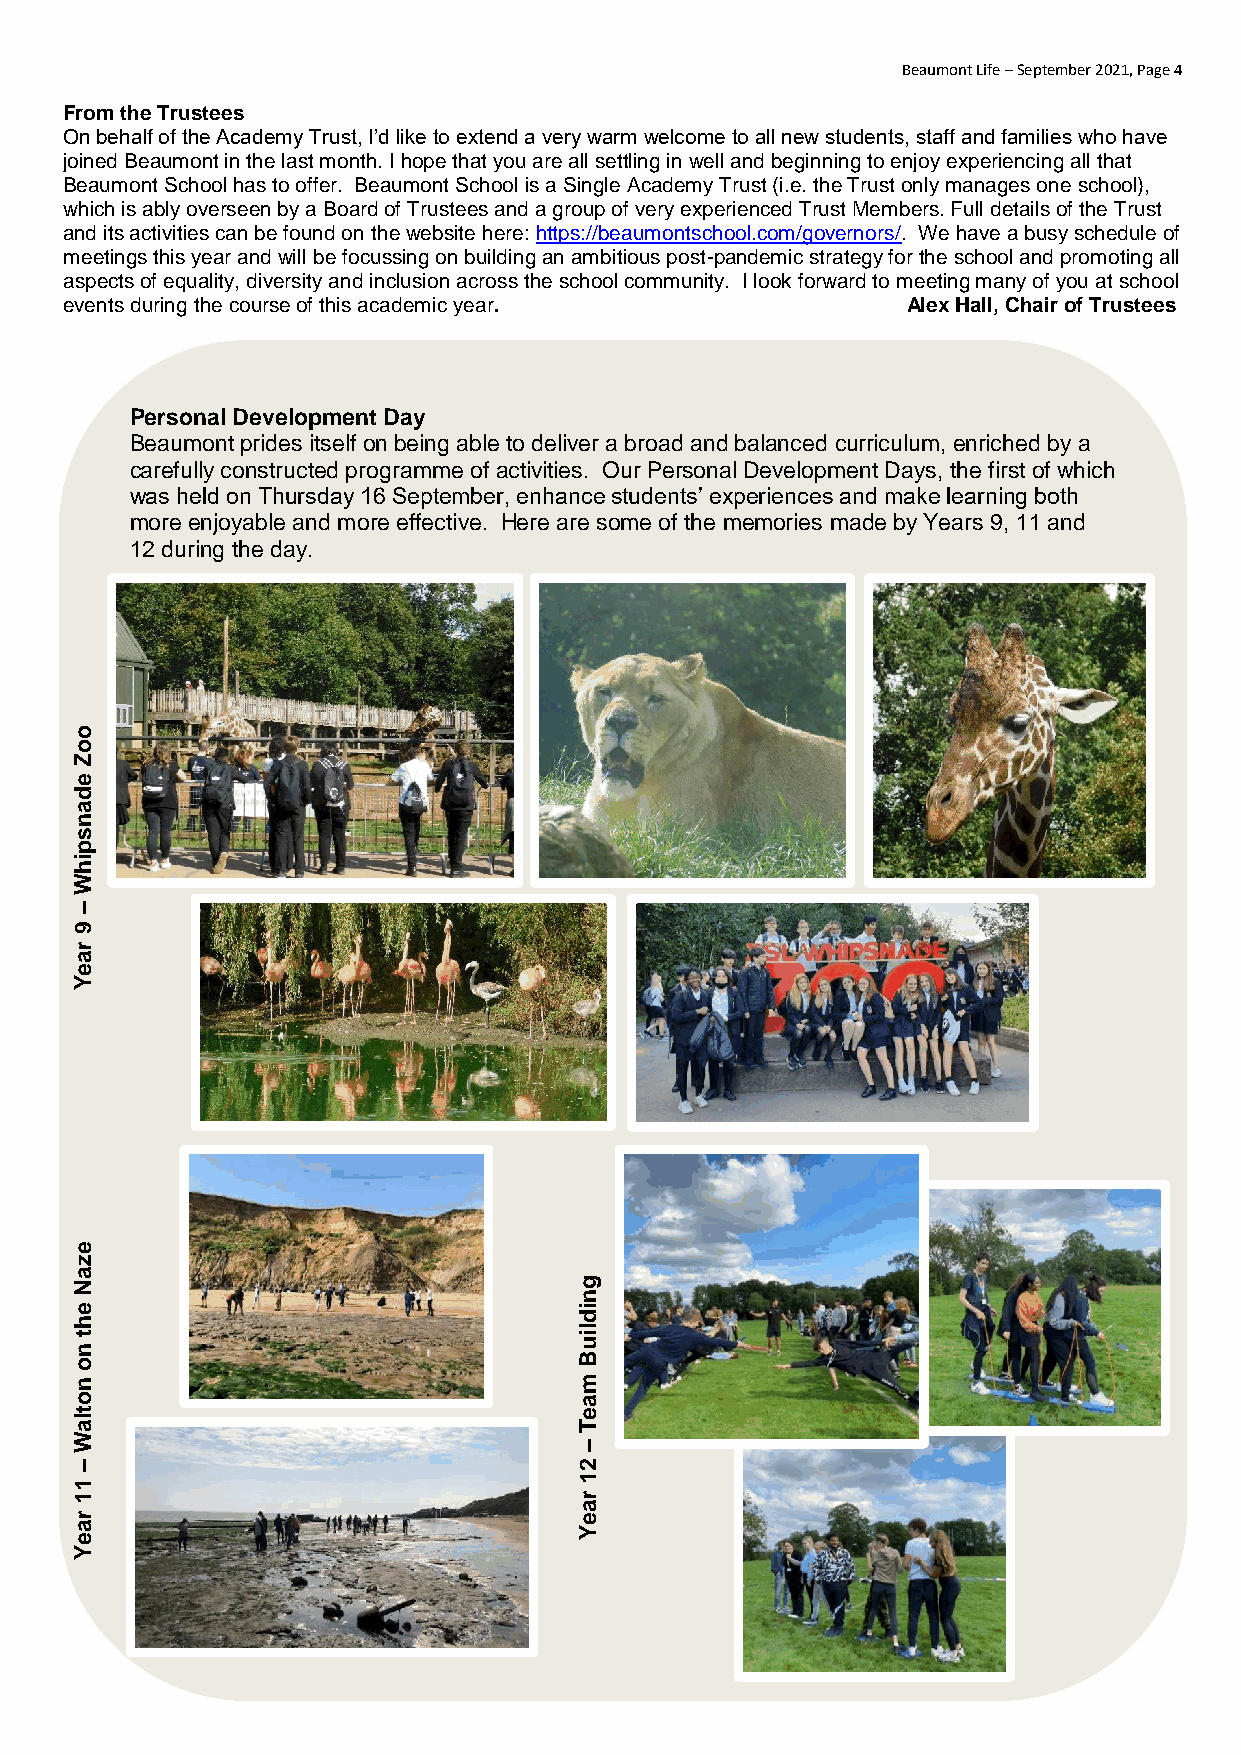
Beaumont Life – September 2021, Page 4
 From the Trustees
 On behalf of the Academy Trust, I’d like to extend a very warm welcome to all new students, staff and families who have
 join ed Beaumont in the last month. I hope that you are all settling in well and beginning to enjoy experiencing all that
 Beaumont School has to offer. Beaumont School is a Single Academy Trust (i.e. the Trust only manages one school),
 which is ably overseen by a Board of Trustees and a group of very experienced Trust Members. Full details of the Trust
 and its activities can be found on the website here: https://beaumontschool.com/governors/. We have a busy schedule of
 meetings this year and will be focussing on building an ambitious post-pandemic strategy for the school and promoting all
 aspects of equality, diversity and inclusion across the school community. I look forward to meeting many of you at school
 events during the course of this academic year.         Alex Hall, Chair of Trustees
 Personal Development Day
 Beaumont prides itself on being able to deliver a broad and balanced curriculum, enriched by a
 carefully constructed programme of activities. Our Personal Development Days, the first of which
 was held on Thursday 16 September, enhance students’ experiences and make learning both
 more enjoyable and more effective. Here are some of the memories made by Years 9, 11 and
 12 during the day.
 o
 o
 Z
 e
 d
 a
 n
 s
 p
 ih
 W
 –
 9
 r
 a
 e
 Y
 e
 z
 a
 N                                g
 n
 e                                i
 h                                d
 t
 n
 li
 u
 o                                B
 n                                m
 o                                a
 t la                             e
 T
 W
 –
 –                                2
 1
 1
 1                                r
 a
 r                                e
 a                                Y
 e
 Y